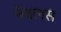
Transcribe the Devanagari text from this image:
नेबलस